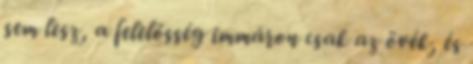
sem lesz, a felelősség immáron csak az övék, és